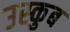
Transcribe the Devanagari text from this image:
उस्कुब